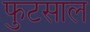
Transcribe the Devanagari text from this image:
फुटसाल